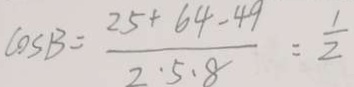
\cos B = \frac { 2 5 + 6 4 - 4 9 } { 2 \cdot 5 \cdot 8 } = \frac { 1 } { 2 }